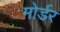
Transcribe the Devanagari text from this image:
मोर्डर